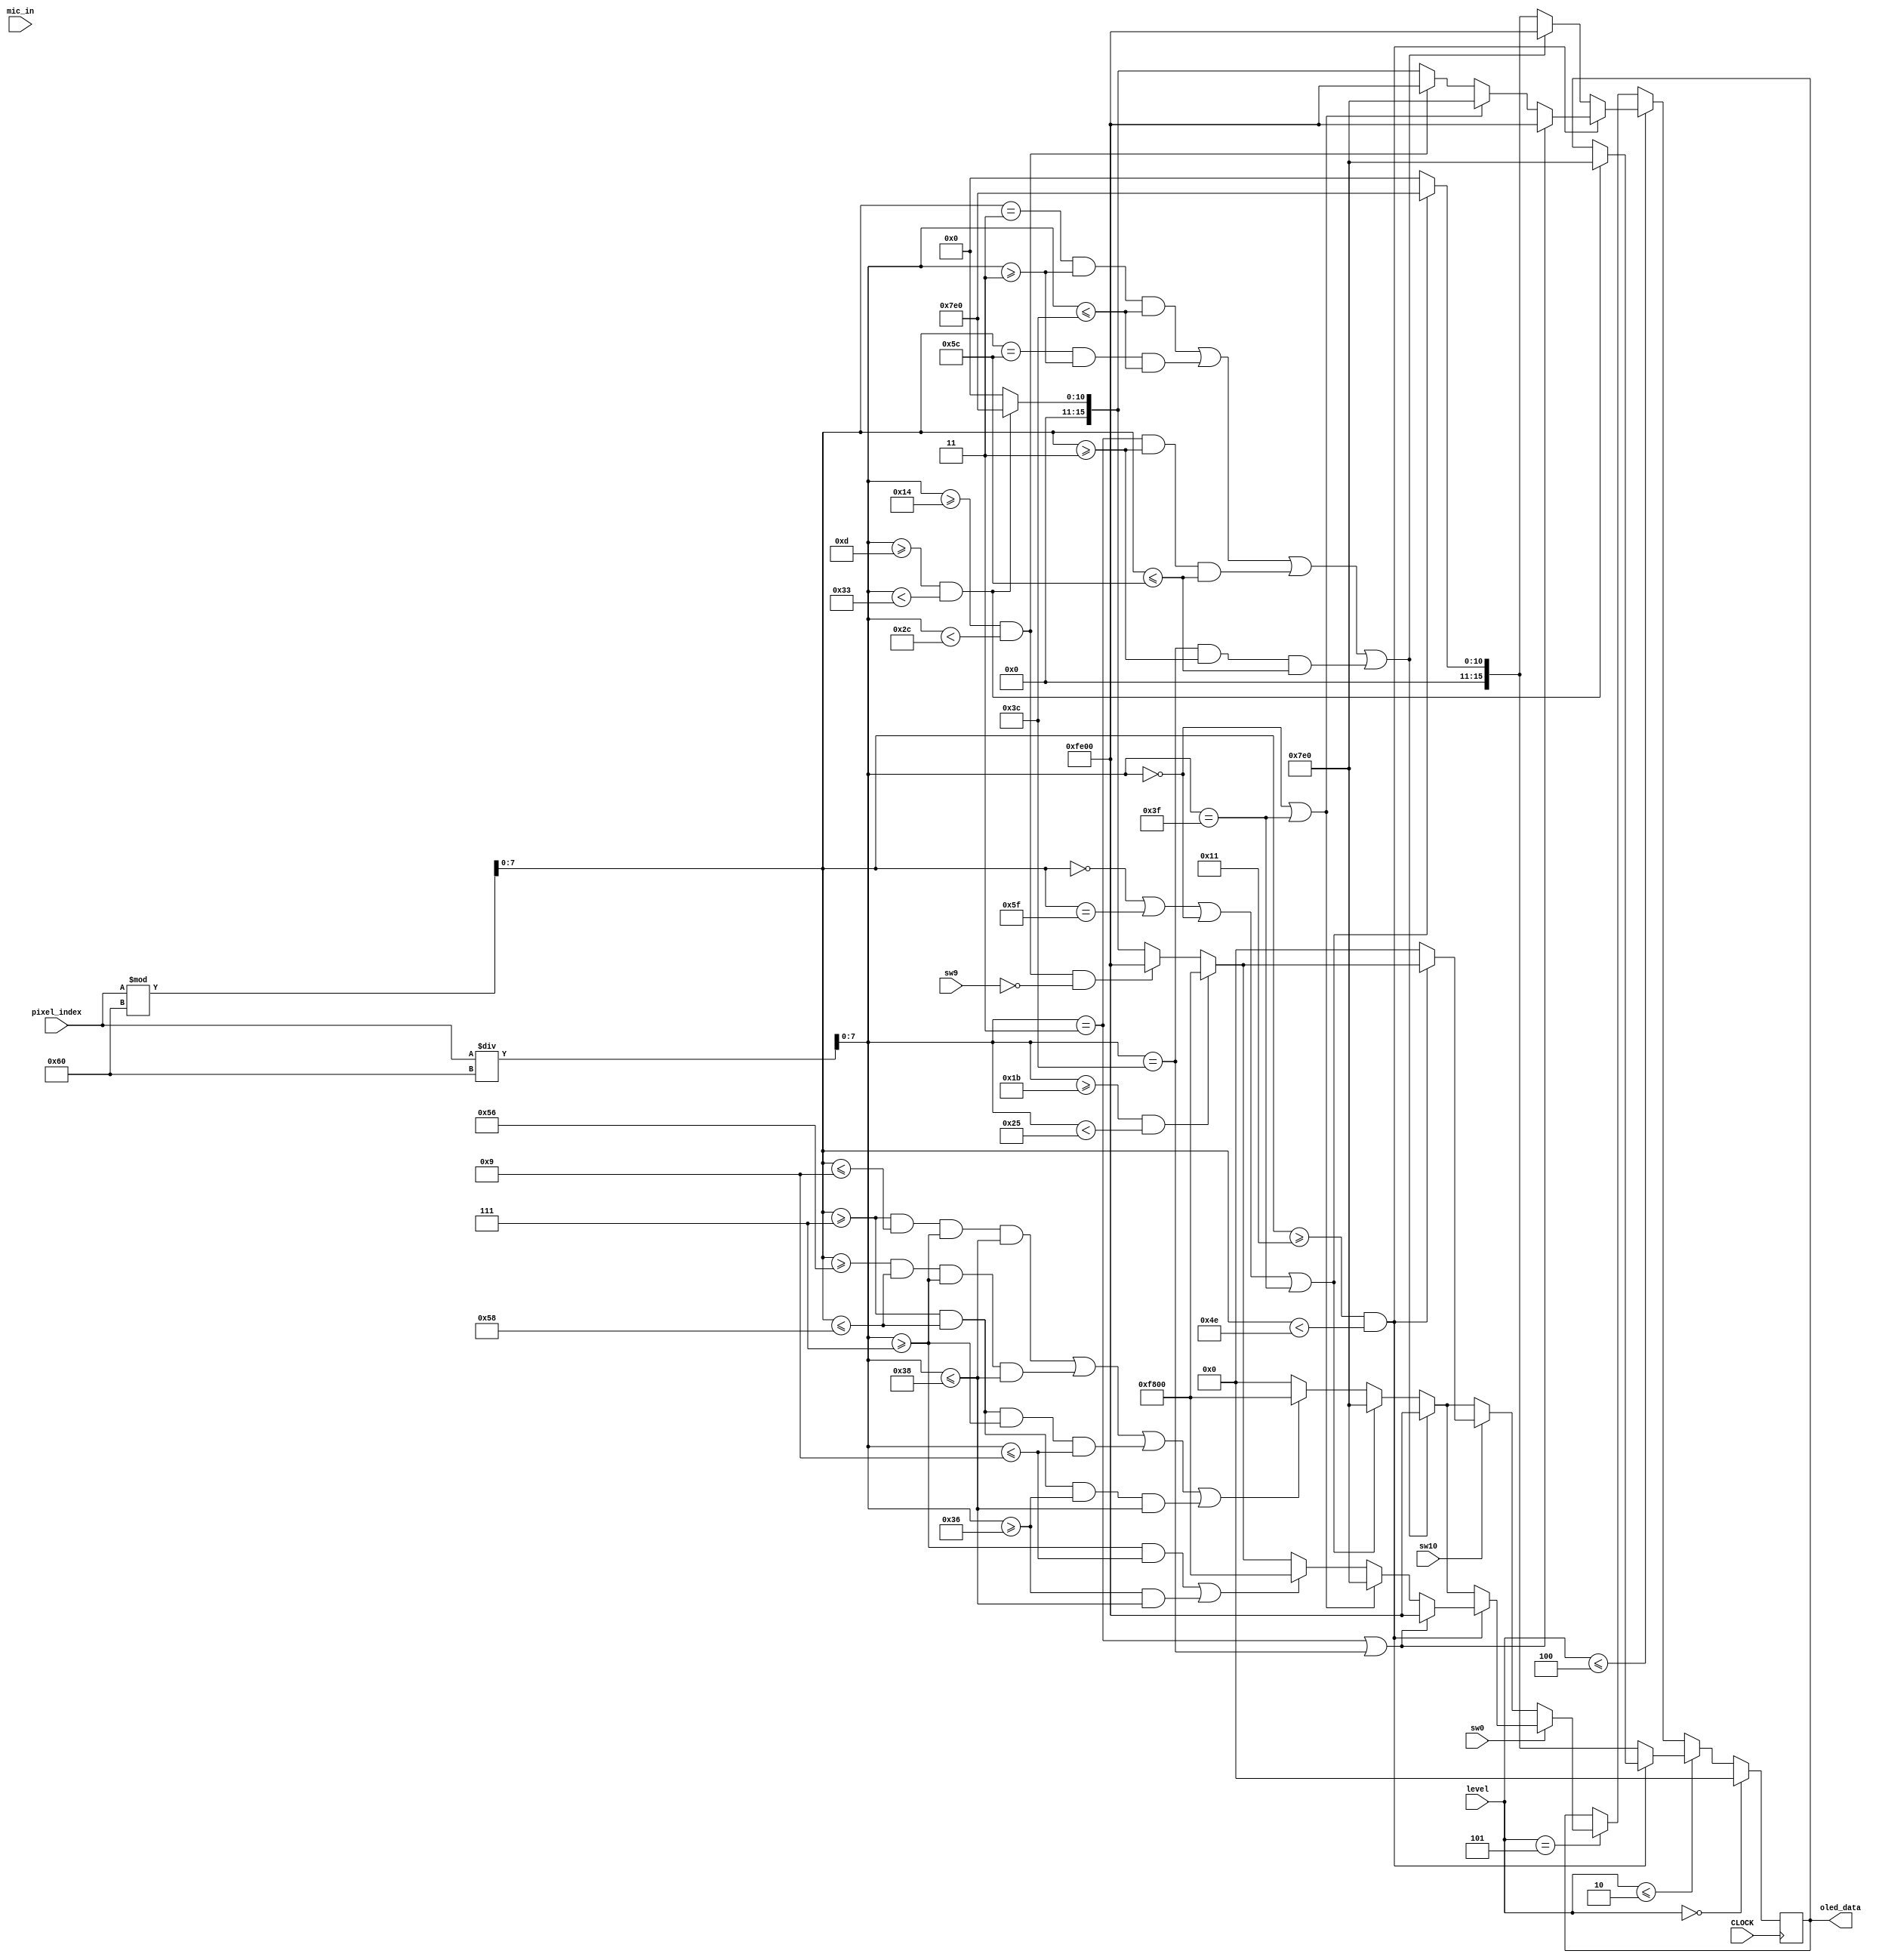
module AVL_led_display(
    input [11:0] mic_in,
    input [2:0]level,
    input sw0,
    input sw10,
    input sw9,
    input CLOCK,
    input [12:0] pixel_index,
    output reg [15:0] oled_data
    );
    
    wire [7:0] x = pixel_index % 96;
    wire [7:0] y = pixel_index / 96;
    always @(posedge CLOCK) begin
    if (level == 0) begin  //level 0, show black screen
        oled_data <= 0;
    end
    else if (level <= 2) begin  //level 1 and 2, show green
        if (x >= 17 && x < 78) begin
            if (y >= 13 && y < 51) 
                oled_data <= {5'b00000, 6'b111111, 5'b00000};
        end
         
        else begin
        if (x == 0 || x == 95 || y == 0 || y == 63)
             oled_data <= 16'b00000_111111_00000;
        else
             oled_data <= 16'b00000_000000_00000;
        end
    end               
    else if (level <= 4) begin  //level 3 and 4, show green + orange
        if (x >= 17 && x < 78) begin
            if (y == 3 || y == 60) begin
                oled_data <= 16'b11111_110000_00000;
            end else if (y == 0 || y == 63) begin
                oled_data <= 16'b00000_111111_00000;
            end
            else if (y >= 20 && y < 44)
                oled_data <= {5'b11111, 6'b110000, 5'b00000};
            else if (y >= 13 && y < 51) 
                oled_data <= {5'b00000, 6'b111111, 5'b00000};
            else
                oled_data <= 0;
        end
        else begin
        if ((x == 3 && y >= 3 && y <= 60) || (x == 92 && y >= 3 && y <= 60) || (y == 3 && x >= 3 && x <= 92) || (y == 60 && x >= 3 && x <= 92))
            oled_data <= 16'b11111_110000_00000;
        else if (x == 0 || x == 95 || y == 0 || y == 63)
            oled_data <= 16'b00000_111111_00000;
        else
            oled_data <= 16'b00000_000000_00000;
        end
    end
    else if (level == 5) begin  //level 5, show green + orange + red
        if (sw0) begin
            if (x >= 17 && x < 78) begin
                 if (y == 3 || y == 60) begin
                     oled_data <= 16'b11111_110000_00000;
                 end else if (y == 0 || y == 63) begin
                     oled_data <= 16'b00000_111111_00000;
                 end else if ((y >= 7 && y <= 9) || (y >= 54 && y <= 56)) begin
                     oled_data <= 16'b11111_000000_00000;
                 end
            else if (y >= 27 && y < 37) 
                oled_data <= {5'b11111, 6'b000000, 5'b00000};
            else if (y >= 20 && y < 44 && !sw9)
                oled_data <= {5'b11111, 6'b110000, 5'b00000};
            else if (y >= 13 && y < 51)
                oled_data <= {5'b000000, 6'b111111, 5'b00000};
            else 
                oled_data <= 0;         
        end else
        if ((x == 3 && y >= 3 && y <= 60) || (x == 92 && y >= 3 && y <= 60) || (y == 3 && x >= 3 && x <= 92) || (y == 60 && x >= 3 && x <= 92))
            oled_data <= 16'b11111_110000_00000;
        else if (x == 0 || x == 95 || y == 0 || y == 63)
            oled_data <= 16'b00000_111111_00000;
        else if ( (x >= 7 && x <= 9 && y >= 7 && y <= 56) || (x >= 86 && x <= 88 && y>=7 && y <= 56) || (x >= 7 && x <= 88 && y >= 7 && y <= 9) || (x >= 7 && x <= 88 && y >= 54 && y <= 56))
            oled_data <= 16'b11111_000000_00000;
        else
            oled_data <= 16'b00000_000000_00000;
            end
            if (!sw0)begin
                if (x >= 17 && x < 78) begin
                    if (!sw10)begin
                       if (y == 3 || y == 60) begin
                            oled_data <= 16'b11111_110000_00000;
                       end else if (y == 0 || y == 63) begin
                            oled_data <= 16'b00000_111111_00000;
                       end else if ((y >= 7 && y <= 9) || (y >= 54 && y <= 56)) begin
                            oled_data <= 16'b11111_000000_00000;
                       end
                    end
                    if (y >= 27 && y < 37) 
                       oled_data <= {5'b11111, 6'b000000, 5'b00000};
                    else if (y >= 20 && y < 44 && !sw9)
                       oled_data <= {5'b11111, 6'b110000, 5'b00000};
                    else if (y >= 13 && y < 51)
                       oled_data <= {5'b000000, 6'b111111, 5'b00000};
                    else 
                        oled_data <= 0;         
                    end
                    else if (sw10)begin
                        oled_data <= 0;
                    end
                    if (!sw10)begin
                        if ((x == 3 && y >= 3 && y <= 60) || (x == 92 && y >= 3 && y <= 60) || (y == 3 && x >= 3 && x <= 92) || (y == 60 && x >= 3 && x <= 92))
                            oled_data <= 16'b11111_110000_00000;
                        else if (x == 0 || x == 95 || y == 0 || y == 63)
                            oled_data <= 16'b00000_111111_00000;
                        else if ( (x >= 7 && x <= 9 && y >= 7 && y <= 56) || (x >= 86 && x <= 88 && y>=7 && y <= 56) || (x >= 7 && x <= 88 && y >= 7 && y <= 9) || (x >= 7 && x <= 88 && y >= 54 && y <= 56))
                            oled_data <= 16'b11111_000000_00000;
                        else
                            oled_data <= 16'b00000_000000_00000;
                    end
                end
        end 
    end
endmodule